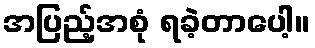
အပြည့်အစုံ ရခဲ့တာပေါ့။